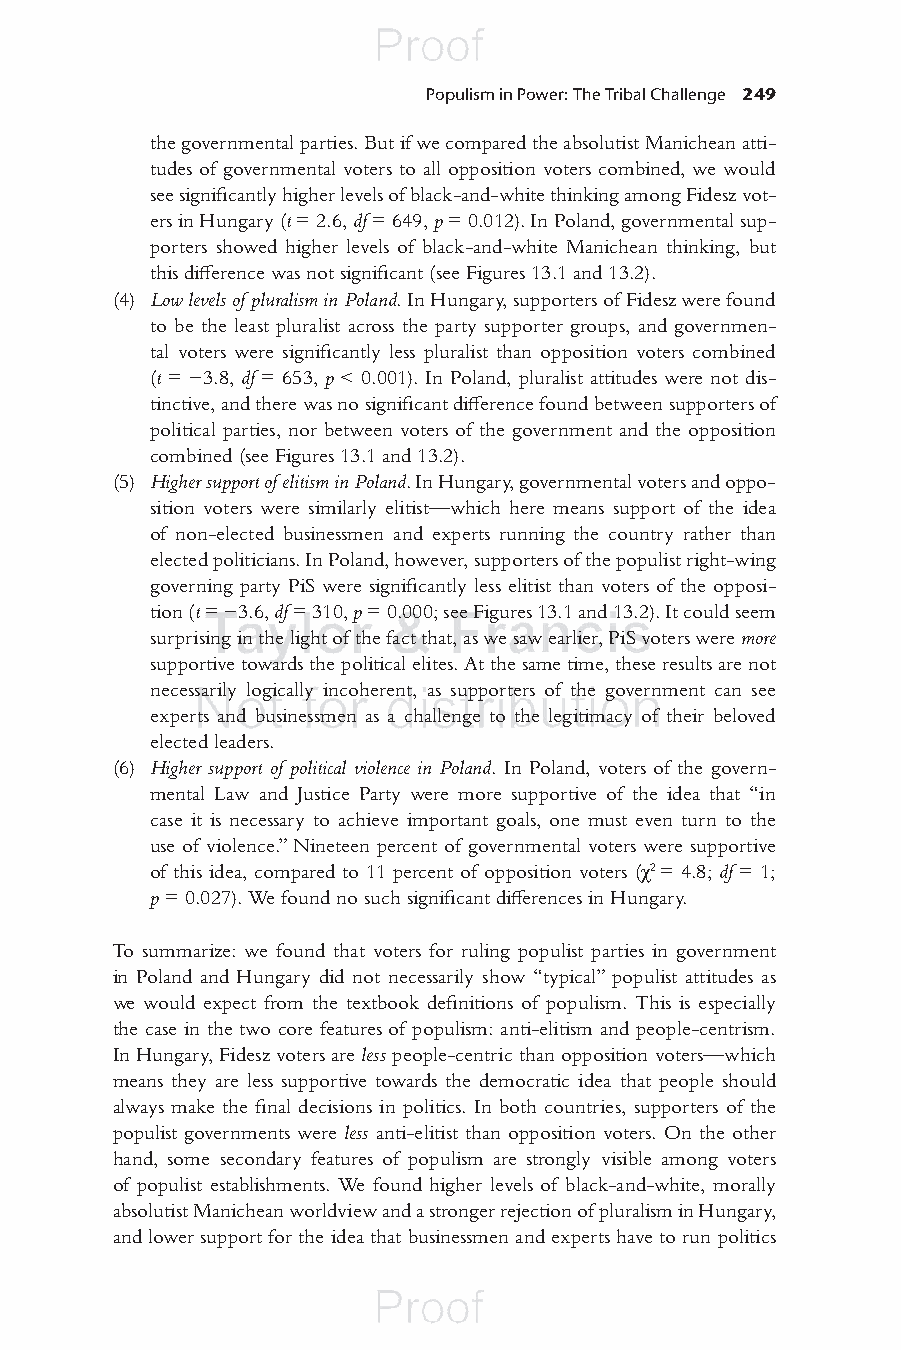
Populism in Power: The Tribal Challenge 249
 the governmental parties. But if we compared the absolutist Manichean atti-
 tudes of governmental voters to all opposition voters combined, we would
 see signifi cantly higher levels of black-and-white thinking among Fidesz vot-
 ers in Hungary ( t = 2.6, d f = 649, p = 0.012). In Poland, governmental sup-
 porters showed higher levels of black-and-white Manichean thinking, but
 this diff erence was not signifi cant (see Figures 13.1 and 13.2).
 (4) Low levels of pluralism in Poland . In Hungary, supporters of Fidesz were found
 to be the least pluralist across the party supporter groups, and governmen-
 tal voters were signifi cantly less pluralist than opposition voters combined
 ( t = −3.8, df = 653, p < 0.001). In Poland, pluralist attitudes were not dis-
 tinctive, and there was no signifi cant diff erence found between supporters of
 political parties, nor between voters of the government and the opposition
 combined (see Figures 13.1 and 13.2).
 (5) Higher support of elitism in Poland . In Hungary, governmental voters and oppo-
 sition voters were similarly elitist—which here means support of the idea
 of non-elected businessmen and experts running the country rather than
 elected politicians. In Poland, however, supporters of the populist right-wing
 governing party PiS were signifi cantly less elitist than voters of the opposi-
 tion ( t = −3.6, df = 310, p = 0.000; see Figures 13.1 and 13.2). It could seem
 surprising in the light of the fact that, as we saw earlier, PiS voters were more
 supportive towards the political elites. At the same time, these results are not
 necessarily logically incoherent, as supporters of the government can see
 experts and businessmen as a challenge to the legitimacy of their beloved
 elected leaders.
 (6) Higher support of political violence in Poland . In Poland, voters of the govern-
 mental Law and Justice Party were more supportive of the idea that “in
 case it is necessary to achieve important goals, one must even turn to the
 use of violence.” Nineteen percent of governmental voters were supportive
 of this idea, compared to 11 percent of opposition voters (χ2 = 4.8; df = 1;
 p = 0.027). We found no such signifi cant diff erences in Hungary.
 To summarize: we found that voters for ruling populist parties in government
 in Poland and Hungary did not necessarily show “typical” populist attitudes as
 we would expect from the textbook defi nitions of populism. This is especially
 the case in the two core features of populism: anti-elitism and people-centrism.
 In Hungary, Fidesz voters are l ess people-centric than opposition voters—which
 means they are less supportive towards the democratic idea that people should
 always make the fi nal decisions in politics. In both countries, supporters of the
 populist governments were l ess anti-elitist than opposition voters. On the other
 hand, some secondary features of populism are strongly visible among voters
 of populist establishments. We found higher levels of black-and-white, morally
 absolutist Manichean worldview and a stronger rejection of pluralism in Hungary,
 and lower support for the idea that businessmen and experts have to run politics